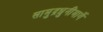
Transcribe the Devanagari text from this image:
सामुद्रधुनींमार्गे